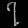
Digit: ၇